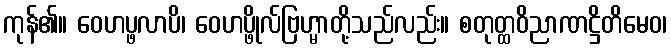
ကုန်၏။ ဝေဟပ္ဖလာပိ၊ ဝေဟပ္ဖိုလ်ဗြဟ္မာတို့သည်လည်း။ စတုတ္ထဝိညာဏဋ္ဌိတိမေဝ၊